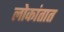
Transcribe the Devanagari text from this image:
लोकांतात